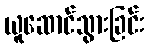
ယူဆောင်သွားခြင်း